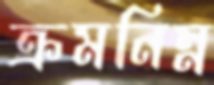
ক্রমনিম্ন